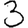
Digit: 3